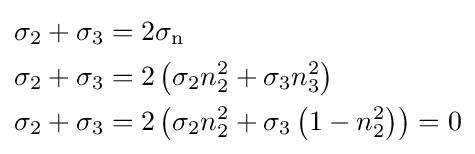
{\begin{aligned}\sigma _{2}+\sigma _{3}&=2\sigma _{\text{n}}\\\sigma _{2}+\sigma _{3}&=2\left(\sigma _{2}n_{2}^{2}+\sigma _{3}n_{3}^{2}\right)\\\sigma _{2}+\sigma _{3}&=2\left(\sigma _{2}n_{2}^{2}+\sigma _{3}\left(1-n_{2}^{2}\right)\right)=0\end{aligned}}